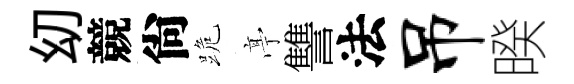
㓜競尙跪𠅘讐法吊暌